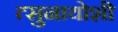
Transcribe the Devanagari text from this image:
त्सुनायोशी